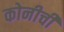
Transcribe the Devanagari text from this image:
कोनीची